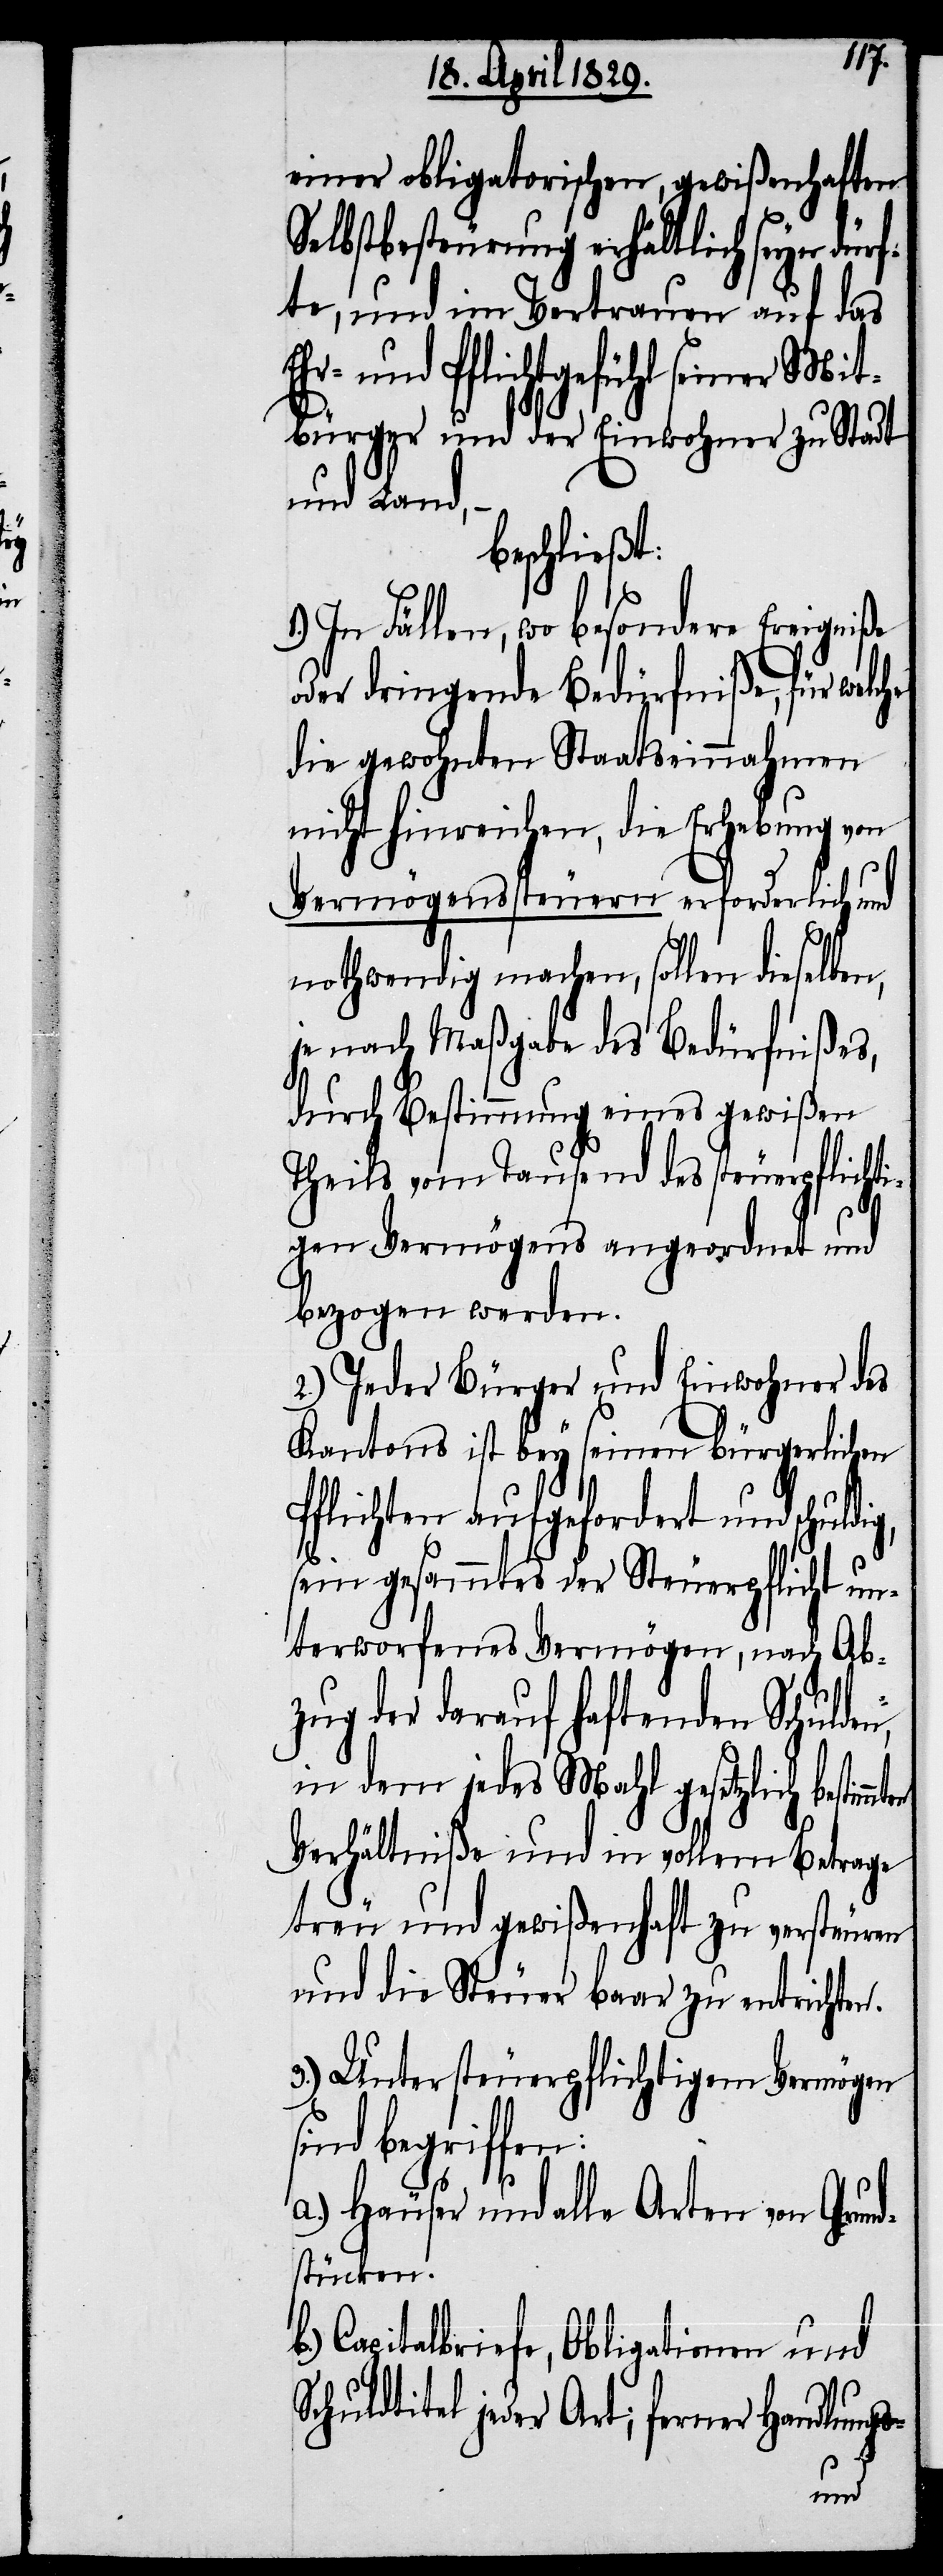
Ab¬
einer obligatorischen, gewißenhaften
Selbstbesteurung erhältlich seyn dür¬
fte, und im Vertrauen auf das
und Pflichtgefühl seiner Mit¬
bürger und der Einwohner zu Stadt
und Land,–
beschließt:
In Fällen, wo besondere Ereigniße
oder dringende Bedürfniße, für welche
die gewohnten Staatseinnahmen
nicht hinreichen, die Erhebung von
Vermögenssteuern erforderlich und
nothwendig machen, sollen dieselben,
je nach Maßgabe des Bedürfnißes,
durch Bestimmung eines gewißen
Theils vom Tausend des steuerpflichti¬
gen Vermögens angeordnet und
bezogen werden.
2.) Jeder Bürger und Einwohner des
Kantons ist bey seinen bürgerlichen
Pflichten aufgefordert und schuldig,
zug der darauf haftenden Schulden,
in dem jedes Mahl gesetzlich besti¬
Verhältniße und in vollem Betrage
treu und gewißenhaft zu versteuren
und die Steuer baar zu entrichten.
3.) Unter steuerpflichtigem Vermögen
a.) Häuser und alle Arten von Grun¬
dstücken.
Capitalbriefe, Obligationen und
Schuldtitel jeder Art; ferner Handlungs-
mmten